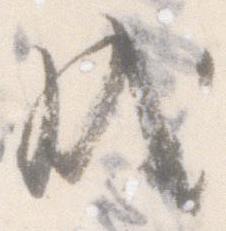
成